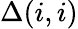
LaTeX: \Delta(i,i)